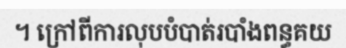
។ ក្រៅពីការលុបបំបាត់របាំងពន្ធគយ